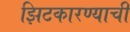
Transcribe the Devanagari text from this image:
झिटकारण्याची